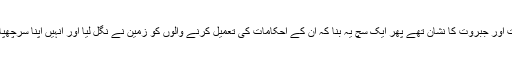
ایک سچ یہ تھا کہ شہنشاہ ایران طاقت حشمت اور جبروت کا نشان تھے پھر ایک سچ یہ بنا کہ ان کے احکامات کی تعمیل کرنے والوں کو زمین نے نگل لیا اور انہیں اپنا سرچھپانے کے لئے بھی جگہ نہیں مل پا رہی تھی۔